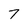
Character: 7